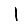
Digit: 1